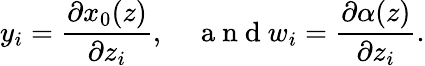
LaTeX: y_{i}=\frac{\partial x_{0}(z)}{\partial z_{i}},\quad\mathrm{~a~n~d~}w_{i}=\frac{\partial\alpha(z)}{\partial z_{i}}.